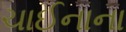
ચાઈનાના